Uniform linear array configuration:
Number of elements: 64
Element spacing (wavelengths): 0.5
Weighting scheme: blackman
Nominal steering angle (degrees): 0
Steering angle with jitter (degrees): -0.2687
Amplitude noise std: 0.05
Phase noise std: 0.05

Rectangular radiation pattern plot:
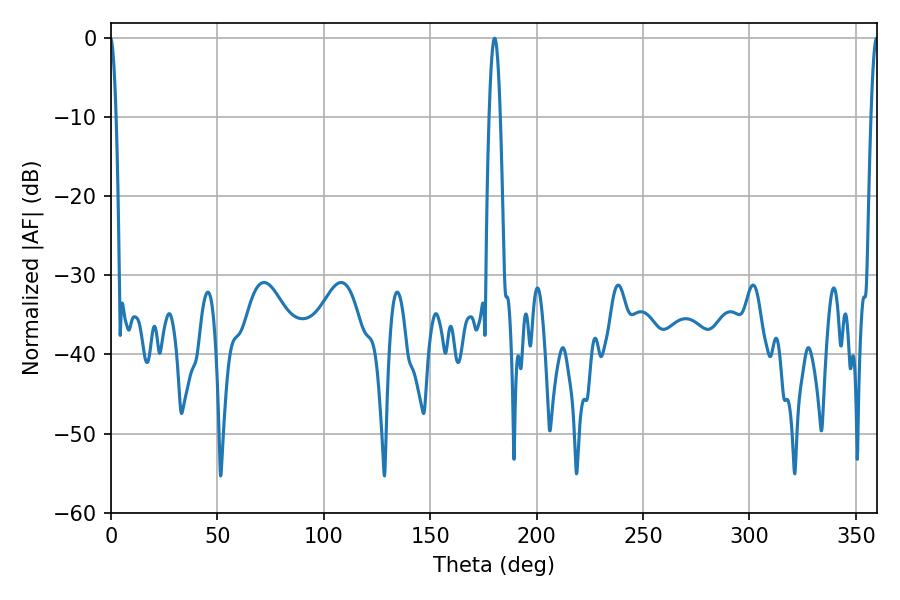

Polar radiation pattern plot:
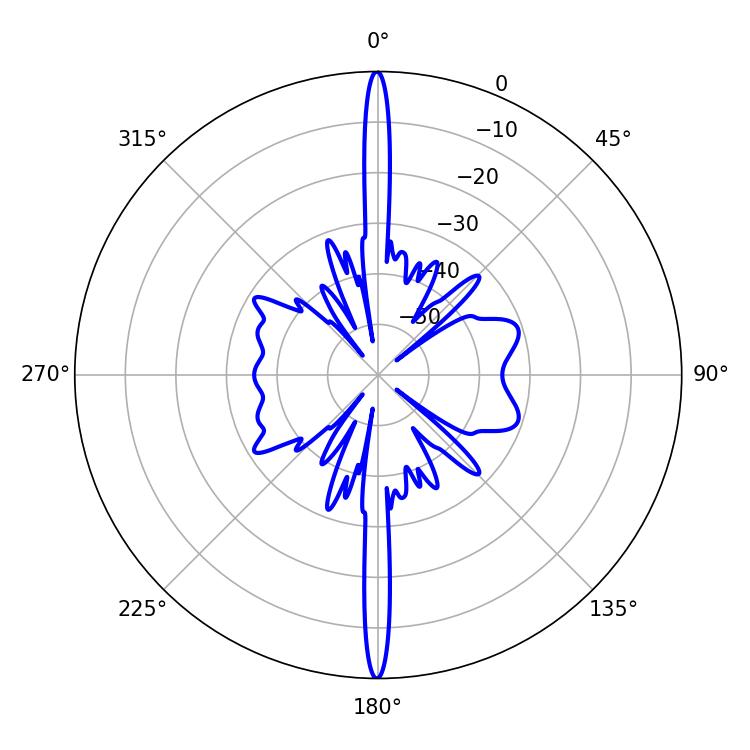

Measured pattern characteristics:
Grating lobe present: FALSE
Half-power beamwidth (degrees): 2.7
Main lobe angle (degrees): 180.18